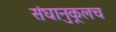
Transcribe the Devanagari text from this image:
संघानुकूलच